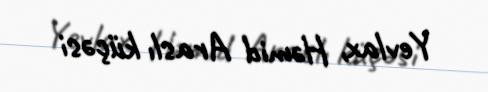
Yevlax, Həmid Araslı küçəsi